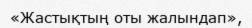
«Жастықтың оты жалындап»,